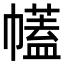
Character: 𢅤